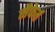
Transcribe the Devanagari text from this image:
सैफेर्त